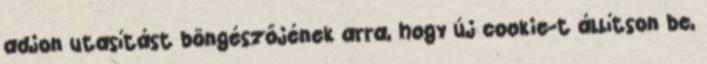
adjon utasítást böngészőjének arra, hogy új cookie-t állítson be,